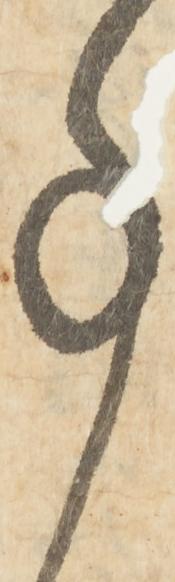
事